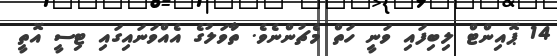
14 ޕޮއިންޓް ލިބިފައި ވަނީ ހަތް މެޗުންނެވެ. ތާވަލުގެ އެއްވަނައިގައި ޓިސީ އޮތީ